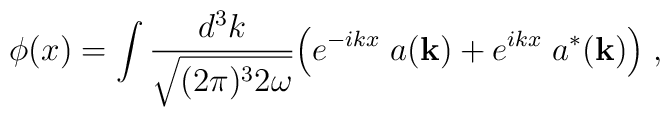
\phi(x) =   \int {d^3k \over \sqrt{(2\pi )^3 2 \omega }} \Big( e^{-ikx} \; a({\bf k}) + e^{ikx} \; a^*({\bf k}) \Big) \;,